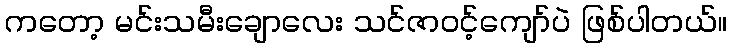
ကတော့ မင်းသမီးချောလေး သင်ဇာဝင့်ကျော်ပဲ ဖြစ်ပါတယ်။